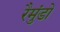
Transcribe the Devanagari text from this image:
रैमुंडो